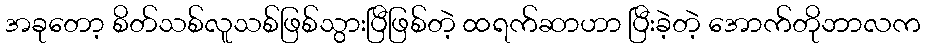
အခုတော့ စိတ်သစ်လူသစ်ဖြစ်သွားပြီဖြစ်တဲ့ ထရက်ဆာဟာ ပြီးခဲ့တဲ့ အောက်တိုဘာလက